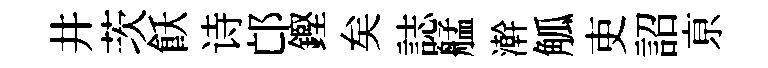
井茨飫诗邙鏗矣誌艋澣觚吏詔亰